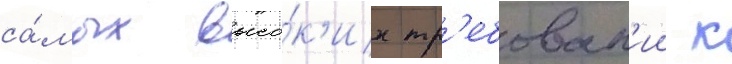
са́мых высо́к'их тр'ебован'ии к